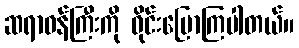
ဆရာဝန်ကြီးကို ဝိုင်းပြောကြပါတယ်။